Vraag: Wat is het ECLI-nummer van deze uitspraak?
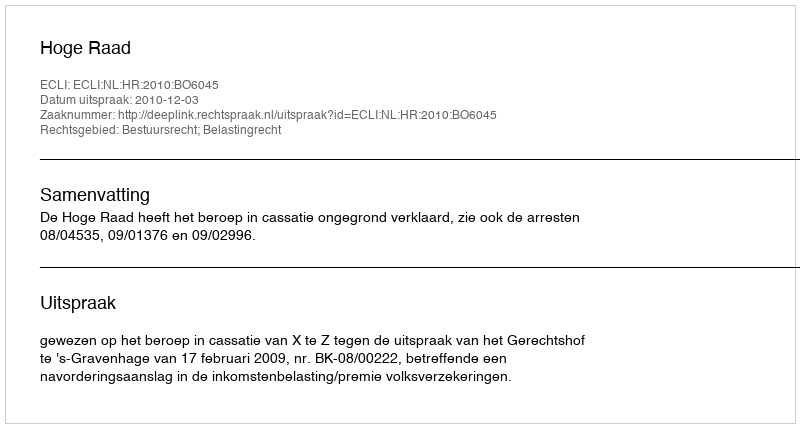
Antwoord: ECLI:NL:HR:2010:BO6045